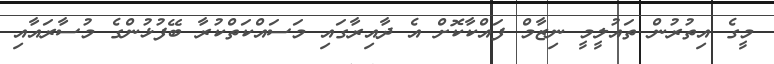
މީގެ އިތުރުން ތައުލީމީ ނިޒާމް ފައްކާކޮށް އެ ދާއިރާގައި މަސައްކަތްކުރާ ބޭފުޅުންގެ މުސާރައާއި